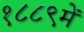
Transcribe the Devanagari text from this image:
१८८९में